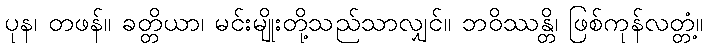
ပုန၊ တဖန်။ ခတ္တိယာ၊ မင်းမျိုးတို့သည်သာလျှင်။ ဘဝိဿန္တိ၊ ဖြစ်ကုန်လတ္တံ့။